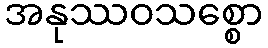
အနုဿဝသစ္စော